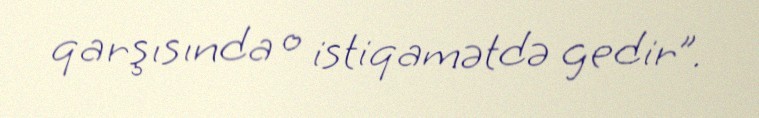
qarşısında o istiqamətdə gedir”.